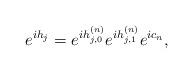
LaTeX: \begin{align*}e^{ih_j}=e^{ih_{j,0}^{(n)}}e^{ih_{j,1}^{(n)}}e^{ic_n},\end{align*}